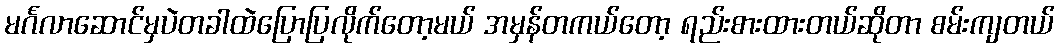
မင်္ဂလာဆောင်မှပဲတခါထဲပြောပြလိုက်တော့မယ် အမှန်တကယ်တော့ ရည်းစားထားတယ်ဆိုတာ စမ်းကျတယ်